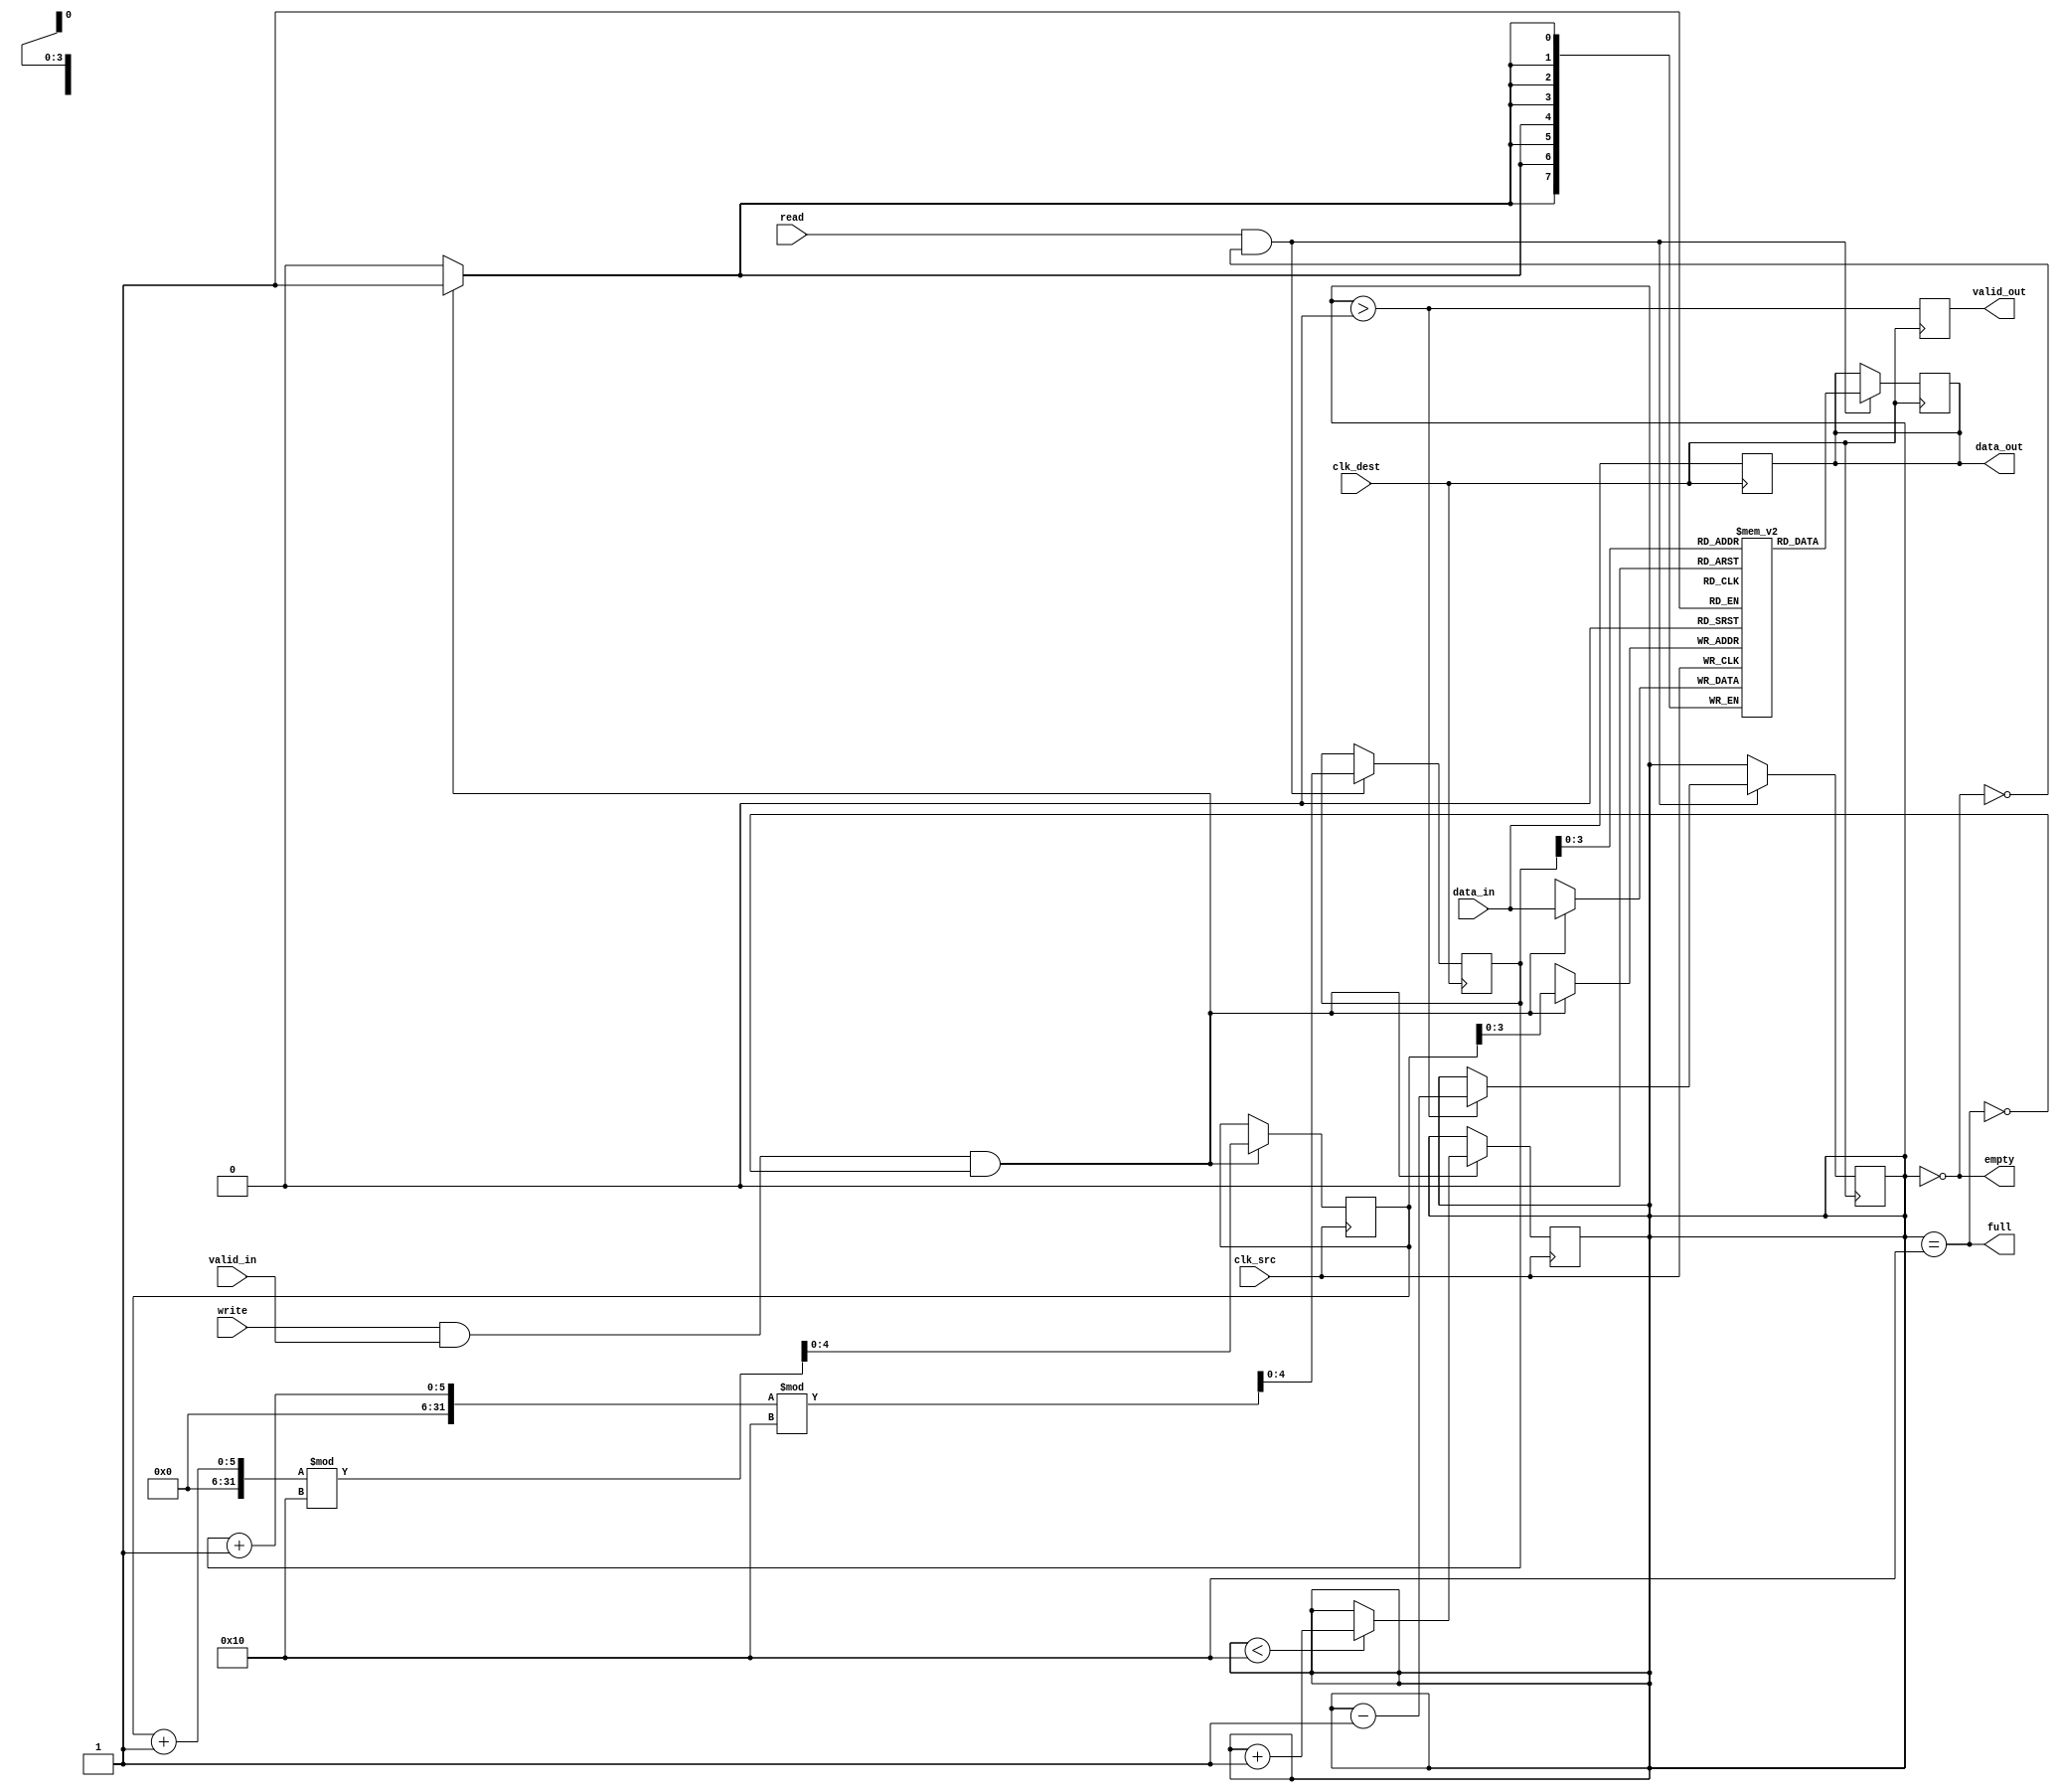
module burst_mode_synchronizer #(
    parameter DATA_WIDTH = 8,      // Width of the data
    parameter FIFO_DEPTH = 16       // Depth of the FIFO
)(
    input wire clk_src,             // Source clock
    input wire clk_dest,            // Destination clock
    input wire [DATA_WIDTH-1:0] data_in, // Data input from source clock domain
    input wire valid_in,            // Valid signal for input data
    output wire [DATA_WIDTH-1:0] data_out, // Data output to destination clock domain
    output wire valid_out,          // Valid signal for output data
    output wire full,               // FIFO full indicator
    output wire empty,              // FIFO empty indicator
    input wire read,                // Read request from destination clock domain
    input wire write                // Write request from source clock domain
);

    // FIFO buffer
    reg [DATA_WIDTH-1:0] fifo [0:FIFO_DEPTH-1];
    reg [4:0] write_pointer = 0;    // Write pointer
    reg [4:0] read_pointer = 0;     // Read pointer
    reg [4:0] count = 0;            // Number of items in FIFO

    // Handshaking signals
    reg valid_out_reg = 0;

    // Write logic (source clock domain)
    always @(posedge clk_src) begin
        if (write && valid_in && !full) begin
            fifo[write_pointer] <= data_in; // Write data to FIFO
            write_pointer <= (write_pointer + 1) % FIFO_DEPTH; // Circular buffer
            if (count < FIFO_DEPTH) count <= count + 1; // Increment count
        end
    end

    // Read logic (destination clock domain)
    always @(posedge clk_dest) begin
        if (read && !empty) begin
            data_out <= fifo[read_pointer]; // Read data from FIFO
            read_pointer <= (read_pointer + 1) % FIFO_DEPTH; // Circular buffer
            if (count > 0) count <= count - 1; // Decrement count
        end
    end

    // Synchronization logic
    reg [DATA_WIDTH-1:0] sync_data;
    reg valid_in_sync;

    always @(posedge clk_dest) begin
        // Synchronize valid signal
        valid_in_sync <= valid_in;
        // Synchronize data
        sync_data <= data_in;
    end

    // Output valid signal
    always @(posedge clk_dest) begin
        valid_out_reg <= (count > 0);
    end

    assign data_out = sync_data;
    assign valid_out = valid_out_reg;
    assign full = (count == FIFO_DEPTH);
    assign empty = (count == 0);

endmodule